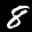
Label: 8